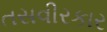
તસવીરકાર